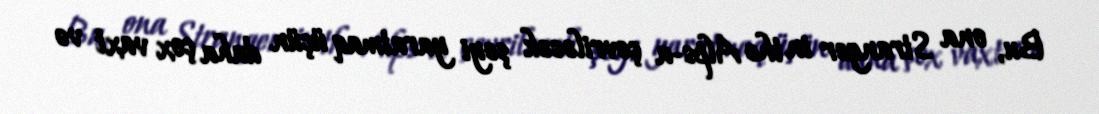
Bu, ona Stranger in the Alps-a çevriləcək şeyi yaratmaq üçün daha çox vaxt və